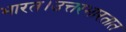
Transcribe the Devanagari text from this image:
भारत।उत्तरभारतात